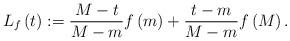
LaTeX: \begin{align*}L_{f}\left( t \right):= \frac{M-t}{M-m}f\left( m \right)+\frac{t-m}{M-m}f\left( M \right).\end{align*}